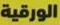
الورقية